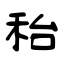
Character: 秮